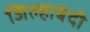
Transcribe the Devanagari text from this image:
जिल्हाबंदी